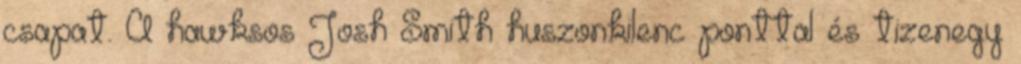
csapat. A hawksos Josh Smith huszonkilenc ponttal és tizenegy